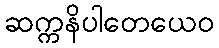
ဆက္ကနိပါတေယေဝ